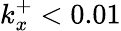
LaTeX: k_{x}^{+}<0.01